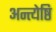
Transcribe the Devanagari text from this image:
अन्त्येष्ठि